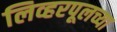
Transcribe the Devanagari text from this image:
लिव्हरपूलच्या